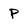
Character: P